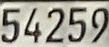
54259